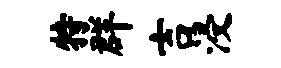
特群吉浸